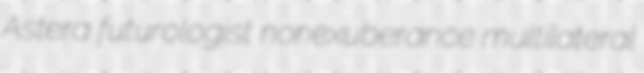
Astera futurologist nonexuberance multilateral